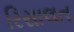
રિસાલત